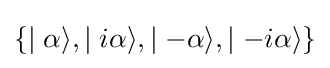
\lbrace \mid \alpha \rangle ,\mid i\alpha \rangle ,\mid -\alpha \rangle ,\mid -i\alpha \rangle \rbrace